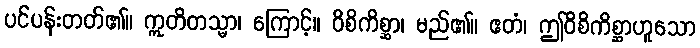
ပင်ပန်းတတ်၏။ ဣတိတသ္မာ၊ ကြောင့်။ ဝိစိကိစ္ဆာ၊ မည်၏။ ဧတံ၊ ဤဝိစိကိစ္ဆာဟူသော